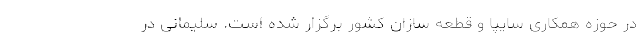
در حوزه همکاری سایپا و قطعه سازان کشور برگزار شده است. سلیمانی در